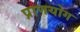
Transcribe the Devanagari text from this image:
प्राणयोग